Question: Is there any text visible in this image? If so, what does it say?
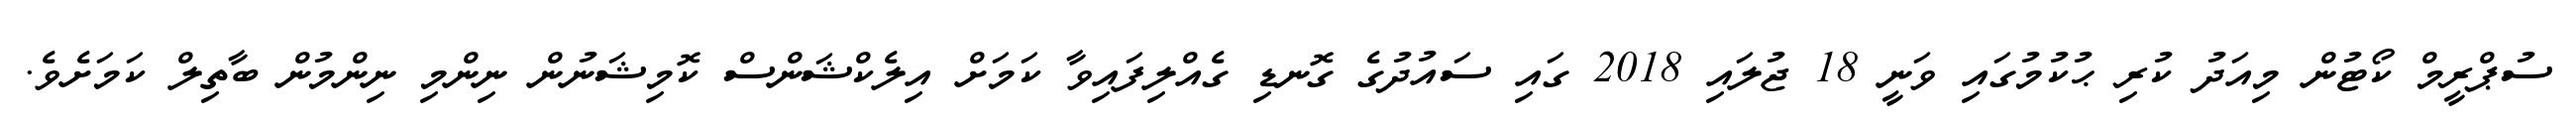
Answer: ސުޕްރީމް ކޯޓުން މިއަދު ކުރި ޙުކުމުގައި ވަނީ 18 ޖުލައި 2018 ގައި ސައުދުގެ ގޮނޑި ގެއްލިފައިވާ ކަމަށް އިލެކްޝަންސް ކޮމިޝަނުން ނިންމި ނިންމުން ބާތިލް ކަމަށެވެ.